Annual report on the working of the lock hospitals in the Central Provinces
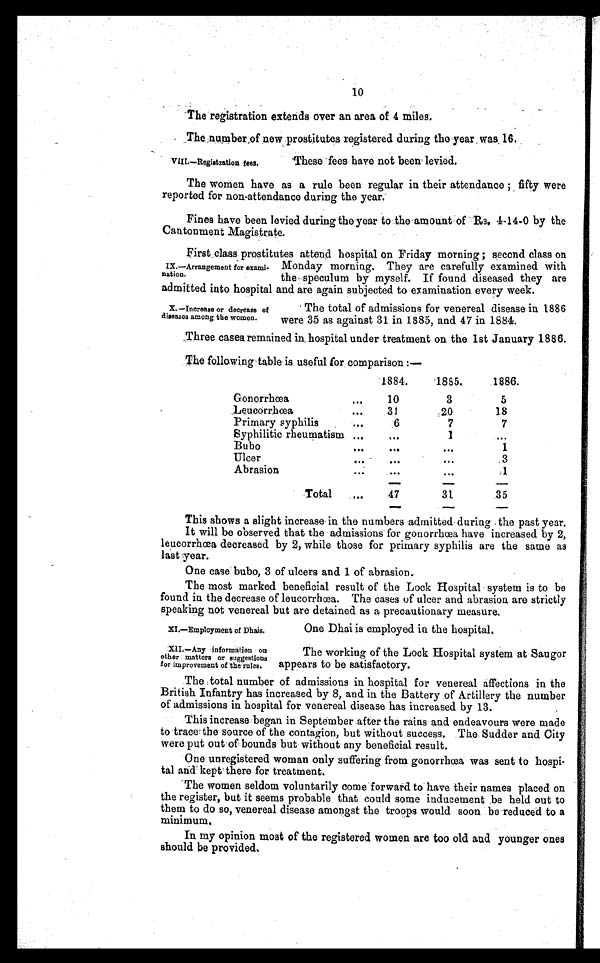
10
The registration extends over an area of 4 miles.
The number of new prostitutes registered during the year was 16.
VIII.—Registration fees.
These fees have not been levied.
The women have as a rule been regular in their attendance ; fifty were
reported for non-attendance during the year.
Fines have been levied during the year to the amount of Rs. 4-14-0 by the
Cantonment Magistrate.
First class prostitutes attend hospital on Friday morning ; second class on
Monday morning. They are carefully examined with
the speculum by myself. If found diseased they are
admitted into hospital and are again subjected to examination every week.
IX.—Arrangement for exami-
nation.
X.—Increase or decrease of
diseases among the women.
The total of admissions for venereal disease in 1886
were 35 as against 31 in 1885, and 47 in 1884.
Three cases remained in hospital under treatment on the 1st January 1886.
The following table is useful for comparison :—
1884.
1885.
1886.
Gonorrhœ
. . .
10
3
5
Leucorrhœ
...
31
20
18
Primary syphilis
...
6
7
7
Syphilitic rheumatism ...
. . .
1
. . .
Bubo
,.,
...
. . .
1
Ulcer
...
...
. . .
3
Abrasion
. . .
. . .
. . .
1
Total
. . .
47
31
35
This shows a slight increase in the numbers admitted during the past year.
It will be observed that the admissions for gonorrhœa have increased by 2,
leucorrhœa decreased by 2, while those for primary syphilis are the same as
last year.
One case bubo, 3 of ulcers and 1 of abrasion.
The most marked beneficial result of the Lock Hospital system is to be
found in the decrease of leucorrhœa. The cases of ulcer and abrasion are strictly
speaking not venereal but are detained as a precautionary measure.
XI.—Employment of Dhais.
XII.—Any information on
other matters or suggestions
for improvement of the rules.
One Dhai is employed in the hospital.
The working of the Lock Hospital system at Saugor
appears to be satisfactory.
The total number of admissions in hospital for venereal affections in the
British Infantry has increased by 8, and in the Battery of Artillery the number
of admissions in hospital for venereal disease has increased by 13.
This increase began in September after the rains and endeavours were made
to trace the source of the contagion, but without success. The. Budder and City
were put out of bounds but without any beneficial result.
One unregistered woman only suffering from gonorrhœa was sent to hospi-
tal and kept there for treatment.
The women seldom voluntarily come forward to have their names placed on
the register, but it seems probable that could some inducement be held out to
them to do so, venereal disease amongst the troops would soon be reduced to a
minimum.
In my opinion most of the registered women are too old and younger ones
should be provided.